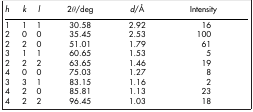
<table><thead><tr><td><b><i>h</i></b></td><td><b><i>k</i></b></td><td><b><i>l</i></b></td><td><b>2<i>θ</i>/deg</b></td><td><b><i>d</i>/Å</b></td><td><b>Intensity</b></td></tr></thead><tbody><tr><td>1</td><td>1</td><td>1</td><td>30.58</td><td>2.92</td><td>16</td></tr><tr><td>2</td><td>0</td><td>0</td><td>35.45</td><td>2.53</td><td>100</td></tr><tr><td>2</td><td>2</td><td>0</td><td>51.01</td><td>1.79</td><td>61</td></tr><tr><td>3</td><td>1</td><td>1</td><td>60.65</td><td>1.53</td><td>5</td></tr><tr><td>2</td><td>2</td><td>2</td><td>63.65</td><td>1.46</td><td>19</td></tr><tr><td>4</td><td>0</td><td>0</td><td>75.03</td><td>1.27</td><td>8</td></tr><tr><td>3</td><td>3</td><td>1</td><td>83.15</td><td>1.16</td><td>2</td></tr><tr><td>4</td><td>2</td><td>0</td><td>85.81</td><td>1.13</td><td>23</td></tr><tr><td>4</td><td>2</td><td>2</td><td>96.45</td><td>1.03</td><td>18</td></tr></tbody></table>